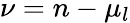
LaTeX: \nu=n-\mu_{l}